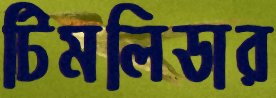
টিমলিডার